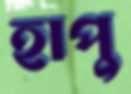
হাপু